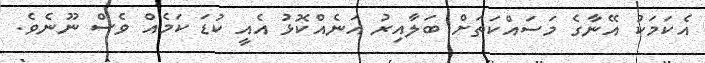
އެކަމަކު އޭނާގެ މަސައްކަތަށް ބަލާއިރު އަނެއްކޮޅު އެއީ ކުޑަ ކަމެއް ވެސް ނޫނެވެ.